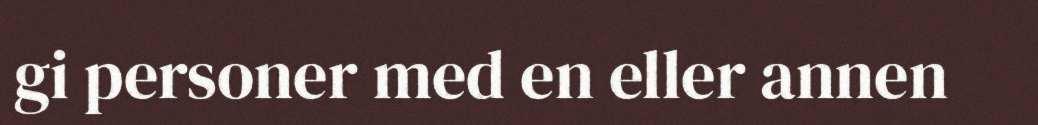
gi personer med en eller annen